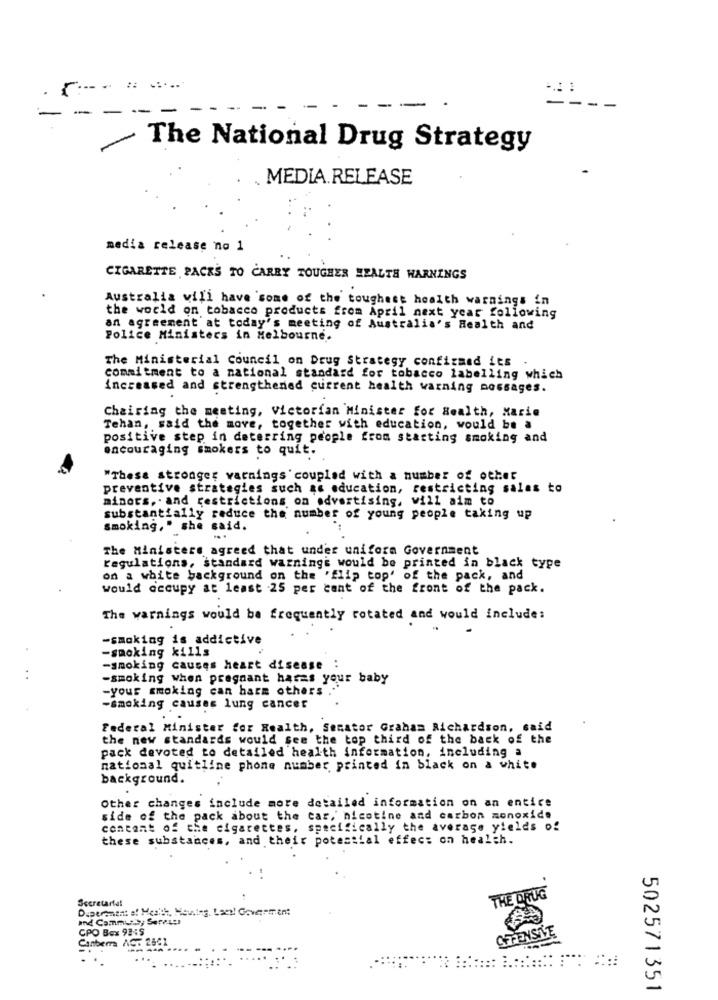
.... ....
-
The National Drug Strategy
MEDIA.RELEASE
media release no 1
CIGARETTE PACKS TO CARRY TOUGHER HEALTH WARNINGS
Australia will have some of the toughest health warnings in
the world on tobacco products from April next year following
an agreement at today's meeting of Australia's Health and
Police Ministers in Melbourne.
The Ministerial Council on Drug Strategy confizand its .
commitment to a national standard for tobacco labelling which
increased and strengthened current health warning nossages.
Chairing the meeting, Victorian Minister for Health, Marie
Tehan, said the move, together with education, would be a
positive step in deterring people from starting smoking and
encouraging smokers to quit.
"These stronger varnings' coupled with a number of other
preventive strategies such as education, restricting salas to
minors. and restrictions on advertising, will aim to
substantially reduce the number of young people taking up
smoking," she said.
The Ministers agreed that under uniform Government
regulations, standard warnings would be printed in black type
on a white background on the 'flip top' of the pack, and
would occupy at least 25 per cent of the front of the pack.
The warnings would be frequently rotated and would include:
-smoking is addictive
-smoking kills
-smoking causes heart disease :
..
-smoking when pregnant hares your baby
-your smoking can harm others
-smoking causes lung cancer
Federal Minister for Health, Senator Graham Richardson, said
the new standards would see the top third of the back of the
pack devoted to detailed health information, including a
national quitline phone number printed in black on a white
background.
Other changes include more detailed information on an entire
side of the pack about the car, nicotine and carbon monoxide
contant of the cigarettes, specifically the average yields of
these substances, and their potessial effect on health.
Secretartal
THE DRUG
Duperanent of Health, Moules, Laes! Goverment
and Communs, SerAL !!
CPO Box 92:S
Canberra ACT 2881
OFFENSTE
502571351